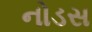
નોડસ